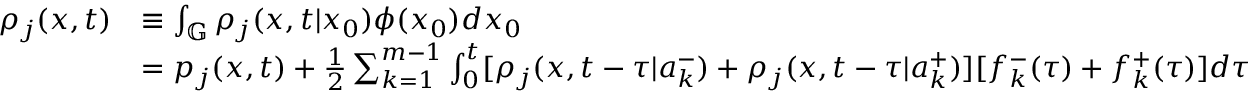
\begin{array} { r l } { \rho _ { j } ( x , t ) } & { \equiv \int _ { \mathbb G } \rho _ { j } ( x , t | x _ { 0 } ) \phi ( x _ { 0 } ) d x _ { 0 } } \\ & { = p _ { j } ( x , t ) + \frac { 1 } { 2 } \sum _ { k = 1 } ^ { m - 1 } \int _ { 0 } ^ { t } [ \rho _ { j } ( x , t - \tau | a _ { k } ^ { - } ) + \rho _ { j } ( x , t - \tau | a _ { k } ^ { + } ) ] [ f _ { k } ^ { - } ( \tau ) + f _ { k } ^ { + } ( \tau ) ] d \tau } \end{array}